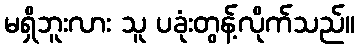
မရှိဘူးလား သူ ပခုံးတွန့်လိုက်သည်။